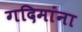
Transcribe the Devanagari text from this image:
गदिमांना